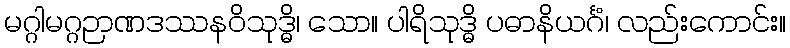
မဂ္ဂါမဂ္ဂဉာဏဒဿနဝိသုဒ္ဓိ၊ သော။ ပါရိသုဒ္ဓိ ပဓာနိယင်္ဂံ၊ လည်းကောင်း။